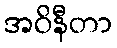
အဝိနီတာ